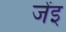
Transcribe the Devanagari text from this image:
जेंइ